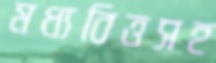
মধ্যবিত্তসহ